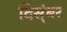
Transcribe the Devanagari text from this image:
दिस्ंबर